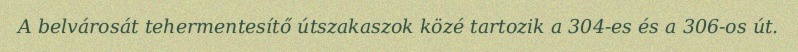
A belvárosát tehermentesítő útszakaszok közé tartozik a 304-es és a 306-os út.